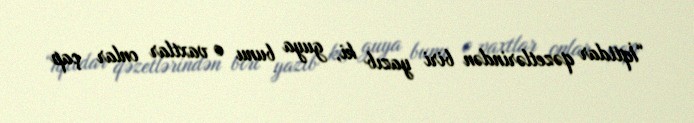
“İqtidar qəzetlərindən biri yazıb ki, guya bunu o vaxtlar onlar çap